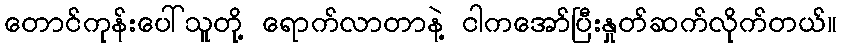
တောင်ကုန်းပေါ်သူတို့ ရောက်လာတာနဲ့ ငါကအော်ပြီးနှုတ်ဆက်လိုက်တယ်။